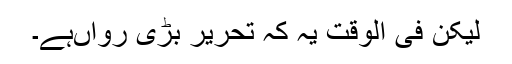
لیکن فی الوقت یہ کہ تحریر بڑی رواں‌ہے۔